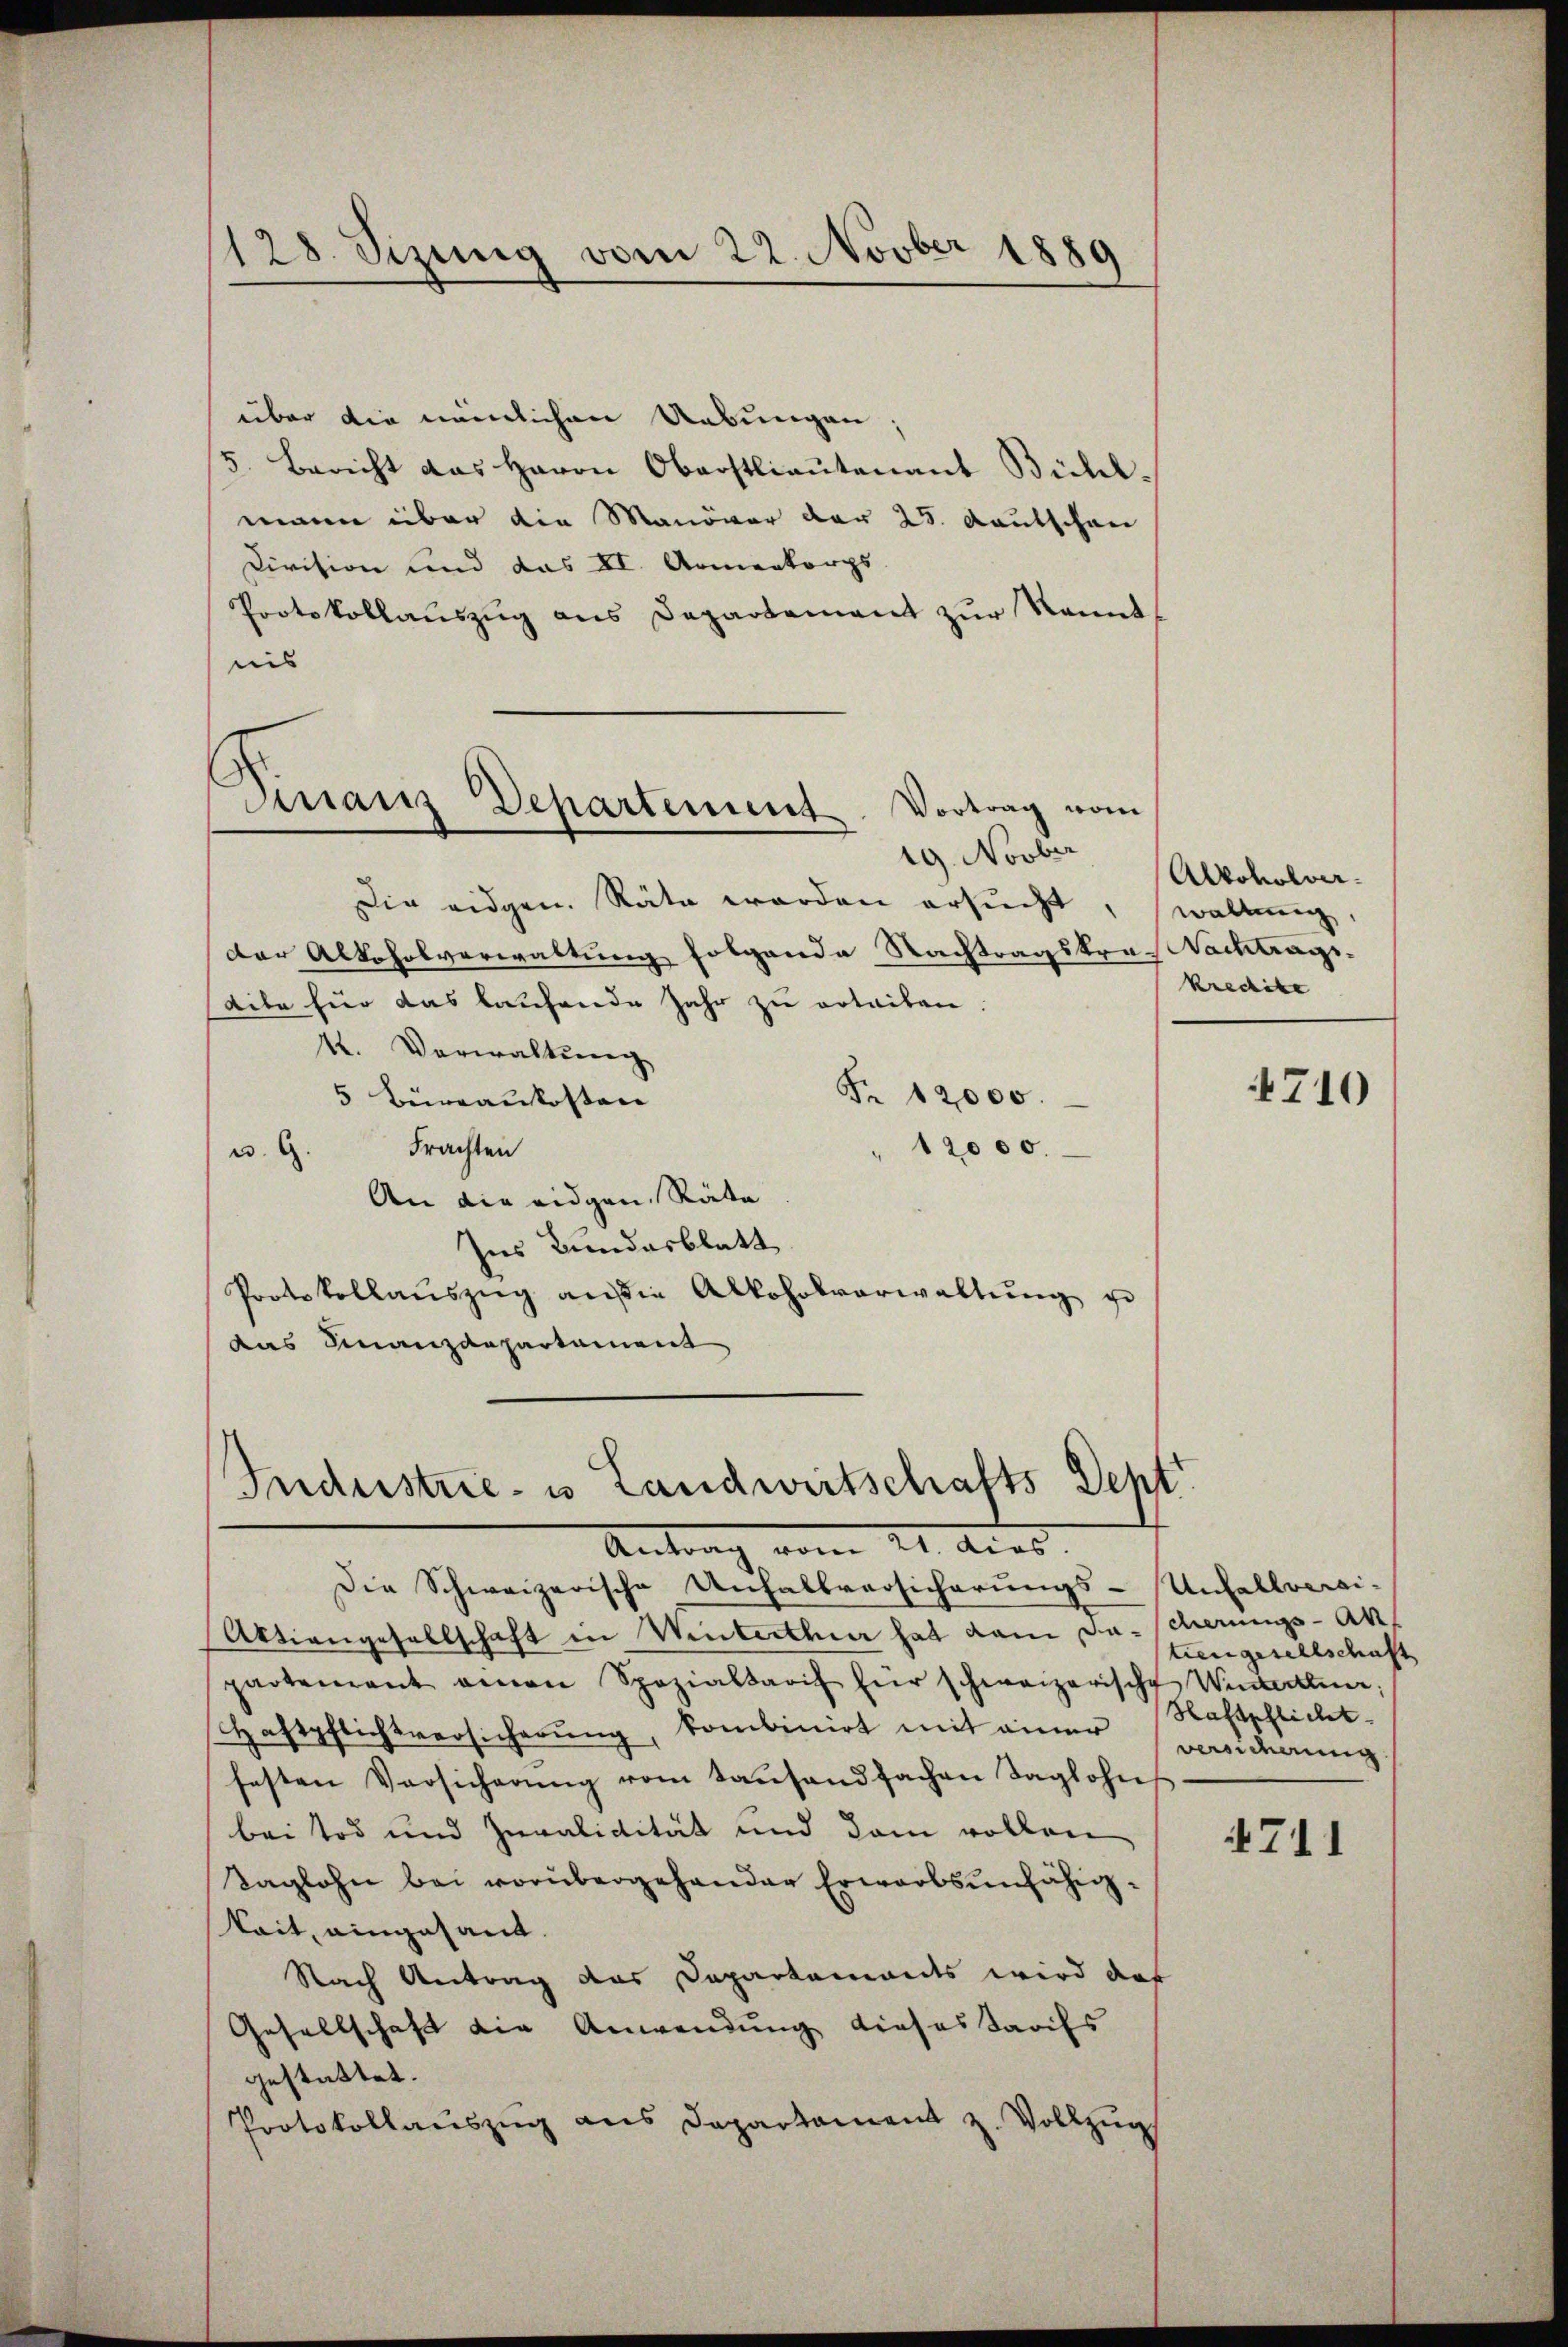
über die nämlichen Uebungen
5. Bericht das Herrn Oberstlieutenant Bühl-
mann über die Manöver der 25. Kautschen
Division und das II. Armenkorps
Protokollauszug aus Departement zur kannt,
nis
19. Novber
Die eidgen. Räte werden ersucht, wolleg
der Alkoholverwaltung folgende Nachtragskra-Nachtragsaite für das laufende Jahr zu erteilen.
K. Verwaltung
Fr. 12000.
5 Büreaukosten
Frachten
12000.
u. G.
An die eidgen. Räte
Ins Bundesblatt
Protokollaŭszŭg an die Alkoholverwaltŭng u
das Finanzdepartament

128. Sizung vom 22. Novber 1889

Vortrag vom
Finanz Departement

Industrie- u Landwirtschafts Sept.
Auto al dies

Die Schweizerische Anfallversicherungs-Unfallversi-
Aktiengesellschaft in Winterthur hat dem da- scherungs-Anpartement einen Spezialtarif für schweizerische Winterten,
Haftpflichtversicherung, kombinirt mit einer versiderrung
festen Versicherŭng vom tausendfachen Taglohne
bei Tod und Zuvalidität und dem vollen,
Taglohn bei vorübergehander Erwarbsunfähigkait, eingesant.
Nach Antrag das Departements wird daß
Gesellschaft die Anwendung dieses Tarifs
gestattet.
Protokollaŭszŭg ans Departament z. Vollzŭg

Alkoholverkredite

4710

tiengesellschaft
Haftpflicht.

711